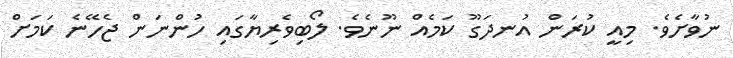
ނުވާށެވެ. މިއީ ކުރަން އުނދަގޫ ކަމެއް ނޫނެވެ. ލޯބިވެރިޔާގައި ހުންނަން ޖެހޭނެ ކަމަށް